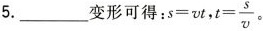
5.___变形可得：$$s=vt $$, $$t= \frac{s}{v}$$。